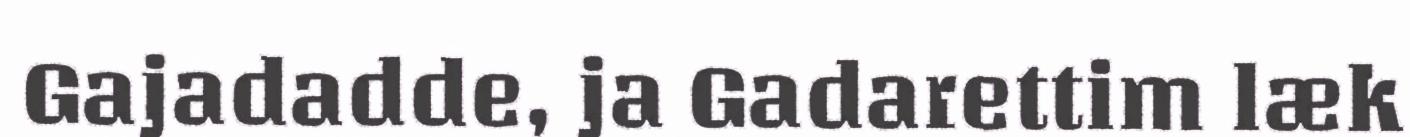
Gajadadde, ja Gadarettim læk